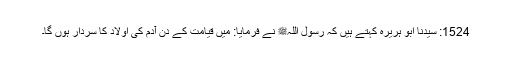
1524: سیدنا ابو ہریرہؓ کہتے ہیں کہ رسول اللہﷺ نے فرمایا: میں قیامت کے دن آدم کی اولاد کا سردار ہوں گا۔